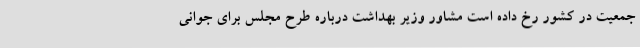
جمعیت در کشور رخ داده است مشاور وزیر بهداشت درباره طرح مجلس برای جوانی